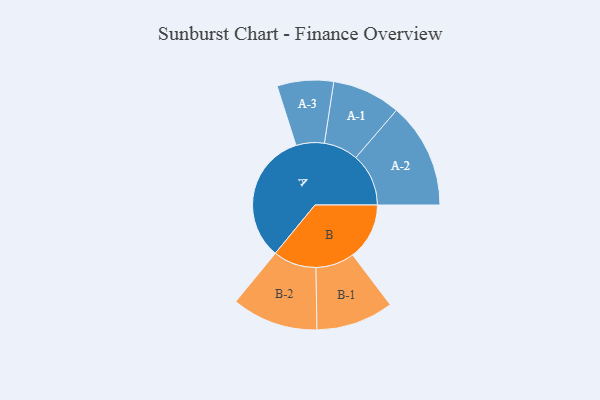
{"axis": {"x": "Segment", "y": "Value"}, "legend": ["", "A", "B"], "data": [{"x": "A", "y": 476, "type": ""}, {"x": "B", "y": 205, "type": ""}, {"x": "A-1", "y": 124, "type": "A"}, {"x": "A-2", "y": 191, "type": "A"}, {"x": "A-3", "y": 102, "type": "A"}, {"x": "B-1", "y": 140, "type": "B"}, {"x": "B-2", "y": 156, "type": "B"}]}